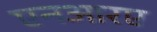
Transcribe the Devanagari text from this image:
एनआरए